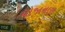
યોજાનારા